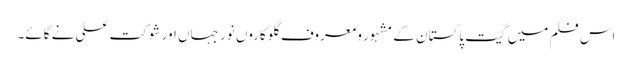
اس فلم میں گیت پاکستان کے مشہور و معروف گلوکاروں نور جہاں اور شوکت علی نے گائے۔